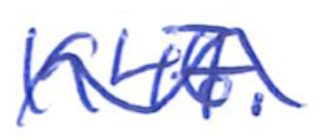
Text: 1947.
Cross-out: wave
Writing tool: ballpoint